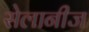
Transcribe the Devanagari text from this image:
सेलानीज